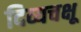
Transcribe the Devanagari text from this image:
दिव्यचक्षू